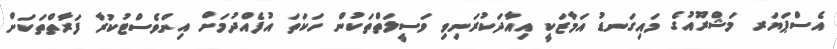
އެސްޕަޔަރ މަޝްރޫއުގެ މައިގަނޑު އަމާޒަކީ އިއާދަކުރަނިވި ވަސީލަތްތަކުން ހަކަތަ އުފެއްދުމަށް އިންވެސްޓުކުރާ ފަރާތްތަކަށް